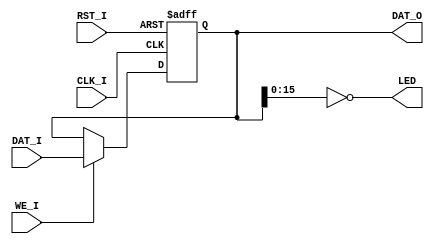
`timescale 1ns / 1ps
//////////////////////////////////////////////////////////////////////////////////
// Company: 
// Engineer: 
// 
// Design Name: 
// Module Name:    LED 
// Project Name: 
// Target Devices: 
// Tool versions: 
// Description: 
//
// Dependencies: 
//
// Revision: 
// Revision 0.01 - File Created
// Additional Comments: 
//
//////////////////////////////////////////////////////////////////////////////////
module LED(
	CLK_I,RST_I,WE_I,
	DAT_I,DAT_O,
	LED
   );
	input CLK_I,RST_I,WE_I;
	input[31:0]DAT_I;
	output[31:0]DAT_O;
	output[15:0]LED;
	
	reg[31:0]_reg;
	
	assign LED = ~_reg[15:0];
	assign DAT_O = _reg;
	
	initial _reg <= 0;
	
	always@(posedge CLK_I or posedge RST_I)begin
		if(RST_I)
			_reg <= 0;
		else if(WE_I)
			_reg <= DAT_I;
	end

endmodule